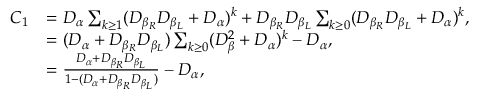
\begin{array} { r l } { C _ { 1 } } & { = D _ { \alpha } \sum _ { k \geq 1 } ( D _ { \beta _ { R } } D _ { \beta _ { L } } + D _ { \alpha } ) ^ { k } + D _ { \beta _ { R } } D _ { \beta _ { L } } \sum _ { k \geq 0 } ( D _ { \beta _ { R } } D _ { \beta _ { L } } + D _ { \alpha } ) ^ { k } \mathrm { , } } \\ & { = ( D _ { \alpha } + D _ { \beta _ { R } } D _ { \beta _ { L } } ) \sum _ { k \geq 0 } ( D _ { \beta } ^ { 2 } + D _ { \alpha } ) ^ { k } - D _ { \alpha } \mathrm { , } } \\ & { = \frac { D _ { \alpha } + D _ { \beta _ { R } } D _ { \beta _ { L } } } { 1 - ( D _ { \alpha } + D _ { \beta _ { R } } D _ { \beta _ { L } } ) } - D _ { \alpha } \mathrm { , } } \end{array}